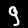
Digit: 9